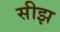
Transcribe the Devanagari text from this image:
सीझ